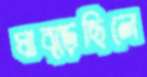
ঘাব্‌ড়েছিলে